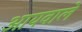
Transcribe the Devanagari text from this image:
आयवाले